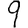
Digit: 9